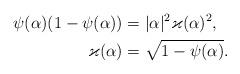
LaTeX: \begin{align*} \psi(\alpha)(1-\psi(\alpha))&=|\alpha|^2\varkappa(\alpha)^2,\\ \varkappa(\alpha)&=\sqrt{1-\psi(\alpha)}.\end{align*}